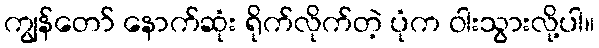
ကျွန်တော် နောက်ဆုံး ရိုက်လိုက်တဲ့ ပုံက ဝါးသွားလို့ပါ။